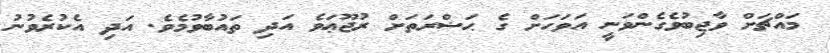
މައްޗަށް ވާޖިބުވެގެންވަނީ އަވަހަށް ގެ ޙަޟްރަތަށް ރުޖޫޢަވެ އަދި ތައުބާވުމެވެ. އަދި އެކުރެވުނު